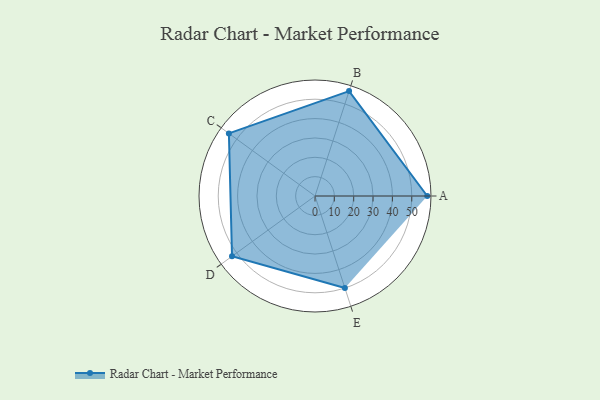
{"axis": {"x": "Skill", "y": "Score"}, "legend": ["Profile"], "data": [{"x": "A", "y": 58.0, "type": "Profile"}, {"x": "B", "y": 57.0, "type": "Profile"}, {"x": "C", "y": 55.0, "type": "Profile"}, {"x": "D", "y": 53.0, "type": "Profile"}, {"x": "E", "y": 50.0, "type": "Profile"}]}